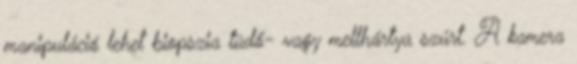
manipuláció lehet biopszia tüdő- vagy mellhártya szúrt. A kamera